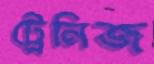
ট্রেনিজ